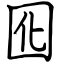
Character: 囮